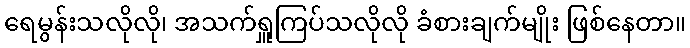
ရေမွန်းသလိုလို၊ အသက်ရှူကြပ်သလိုလို ခံစားချက်မျိုး ဖြစ်နေတာ။